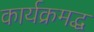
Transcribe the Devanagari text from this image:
कार्यक्रमद्ध